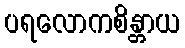
ပရလောကစိန္တာယ